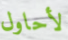
لأحاول